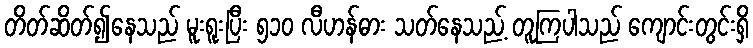
တိတ်ဆိတ်၍နေသည် မူးရူးပြီး ၅၁၀ လီဟန်ဓား သတ်နေသည့် တူကြပါသည် ကျောင်းတွင်းရှိ